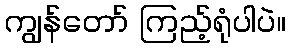
ကျွန်တော် ကြည့်ရုံပါပဲ။